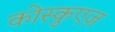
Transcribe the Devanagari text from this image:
कोस्कुएज़